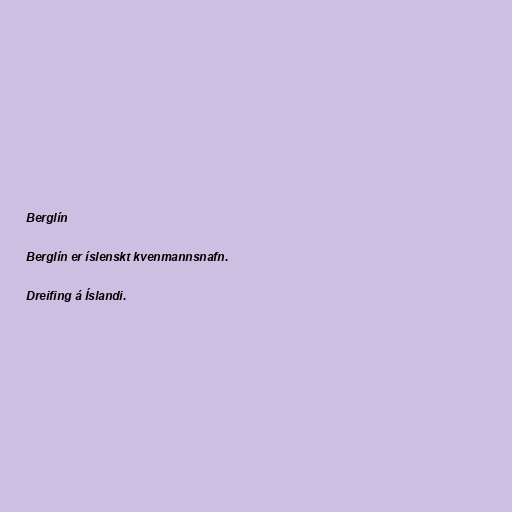
Berglín

Berglín er íslenskt kvenmannsnafn.

Dreifing á Íslandi.